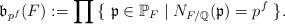
LaTeX: \begin{align*} \mathfrak{b}_{p^f}(F):=\prod\,\lbrace\ \mathfrak{p}\in\mathbb{P}_F\mid N_{F/\mathbb{Q}}(\mathfrak{p})=p^f\ \rbrace.\end{align*}